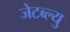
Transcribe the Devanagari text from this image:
जेटब्ल्यु